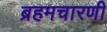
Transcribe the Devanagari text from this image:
ब्रहमचारणी